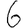
Digit: 6